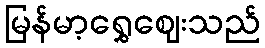
မြန်မာ့ရွှေဈေးသည်